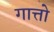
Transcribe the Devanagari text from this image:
गात्तो